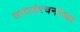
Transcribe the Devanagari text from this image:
सत्तासंरचनांच्या